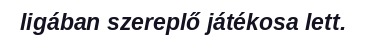
ligában szereplő játékosa lett.